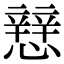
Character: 𢣑